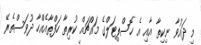
މި ދައުވާ ނިކިތާ އާއި އެ ހޮސްޕިޓަލްގެ މައްޗައް ކުރިތާ ހަފްތާއެއްހާ ދުވަސްތެރޭ